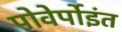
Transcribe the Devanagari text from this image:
पोवेर्पोइंत